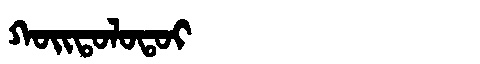
Manchu: ᡴᠣᡳᡨᠣᠯᠣᡨᠣᡳ
Romanization: KOITOLOTOI